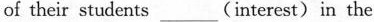
of their students___(interest)in the